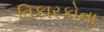
વિકારકોના